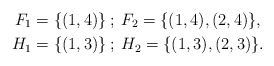
\begin{align*}F_1 &= \{(1,4)\}\:; \: F_2=\{(1,4), (2,4)\}, \\H_1 &= \{(1,3)\}\:; \: H_2 = \{(1,3), (2,3)\}.\end{align*}